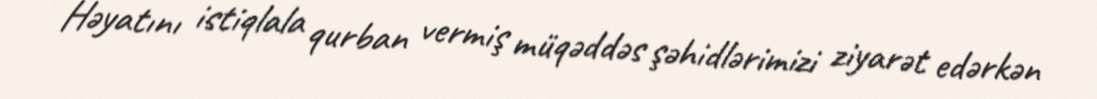
Həyatını istiqlala qurban vermiş müqəddəs şəhidlərimizi ziyarət edərkən